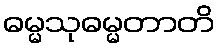
ဓမ္မသုဓမ္မတာတိ